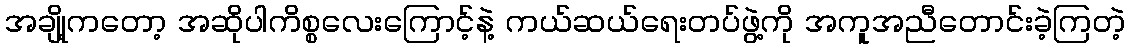
အချို့ကတော့ အဆိုပါကိစ္စလေးကြောင့်နဲ့ ကယ်ဆယ်ရေးတပ်ဖွဲ့ကို အကူအညီတောင်းခဲ့ကြတဲ့